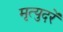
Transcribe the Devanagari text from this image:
मृत्युदरें